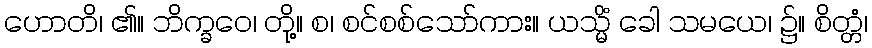
ဟောတိ၊ ၏။ ဘိက္ခဝေ၊ တို့။ စ၊ စင်စစ်သော်ကား။ ယသ္မိံ ခေါ သမယေ၊ ၌။ စိတ္တံ၊